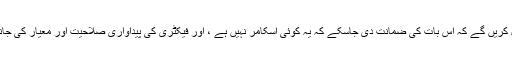
a) ہمارے گاہکوں نے آرڈر دینے سے پہلے ، ہم فیکٹری کے وجود اور اس کے ساکھ کی جانچ پڑتال کریں گے کہ اس بات کی ضمانت دی جاسکے کہ یہ کوئی اسکامر نہیں ہے ، اور فیکٹری کی پیداواری صلاحیت اور معیار کی جانچ بھی کرے گا تاکہ یہ یقینی بنایا جاسکے کہ یہ ہمارے گراہک کے لئے کوالیفائی سپلائر ہے۔